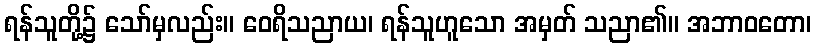
ရန်သူတို့၌ သော်မှလည်း။ ဝေရိသညာယ၊ ရန်သူဟူသော အမှတ် သညာ၏။ အဘာဝတော၊